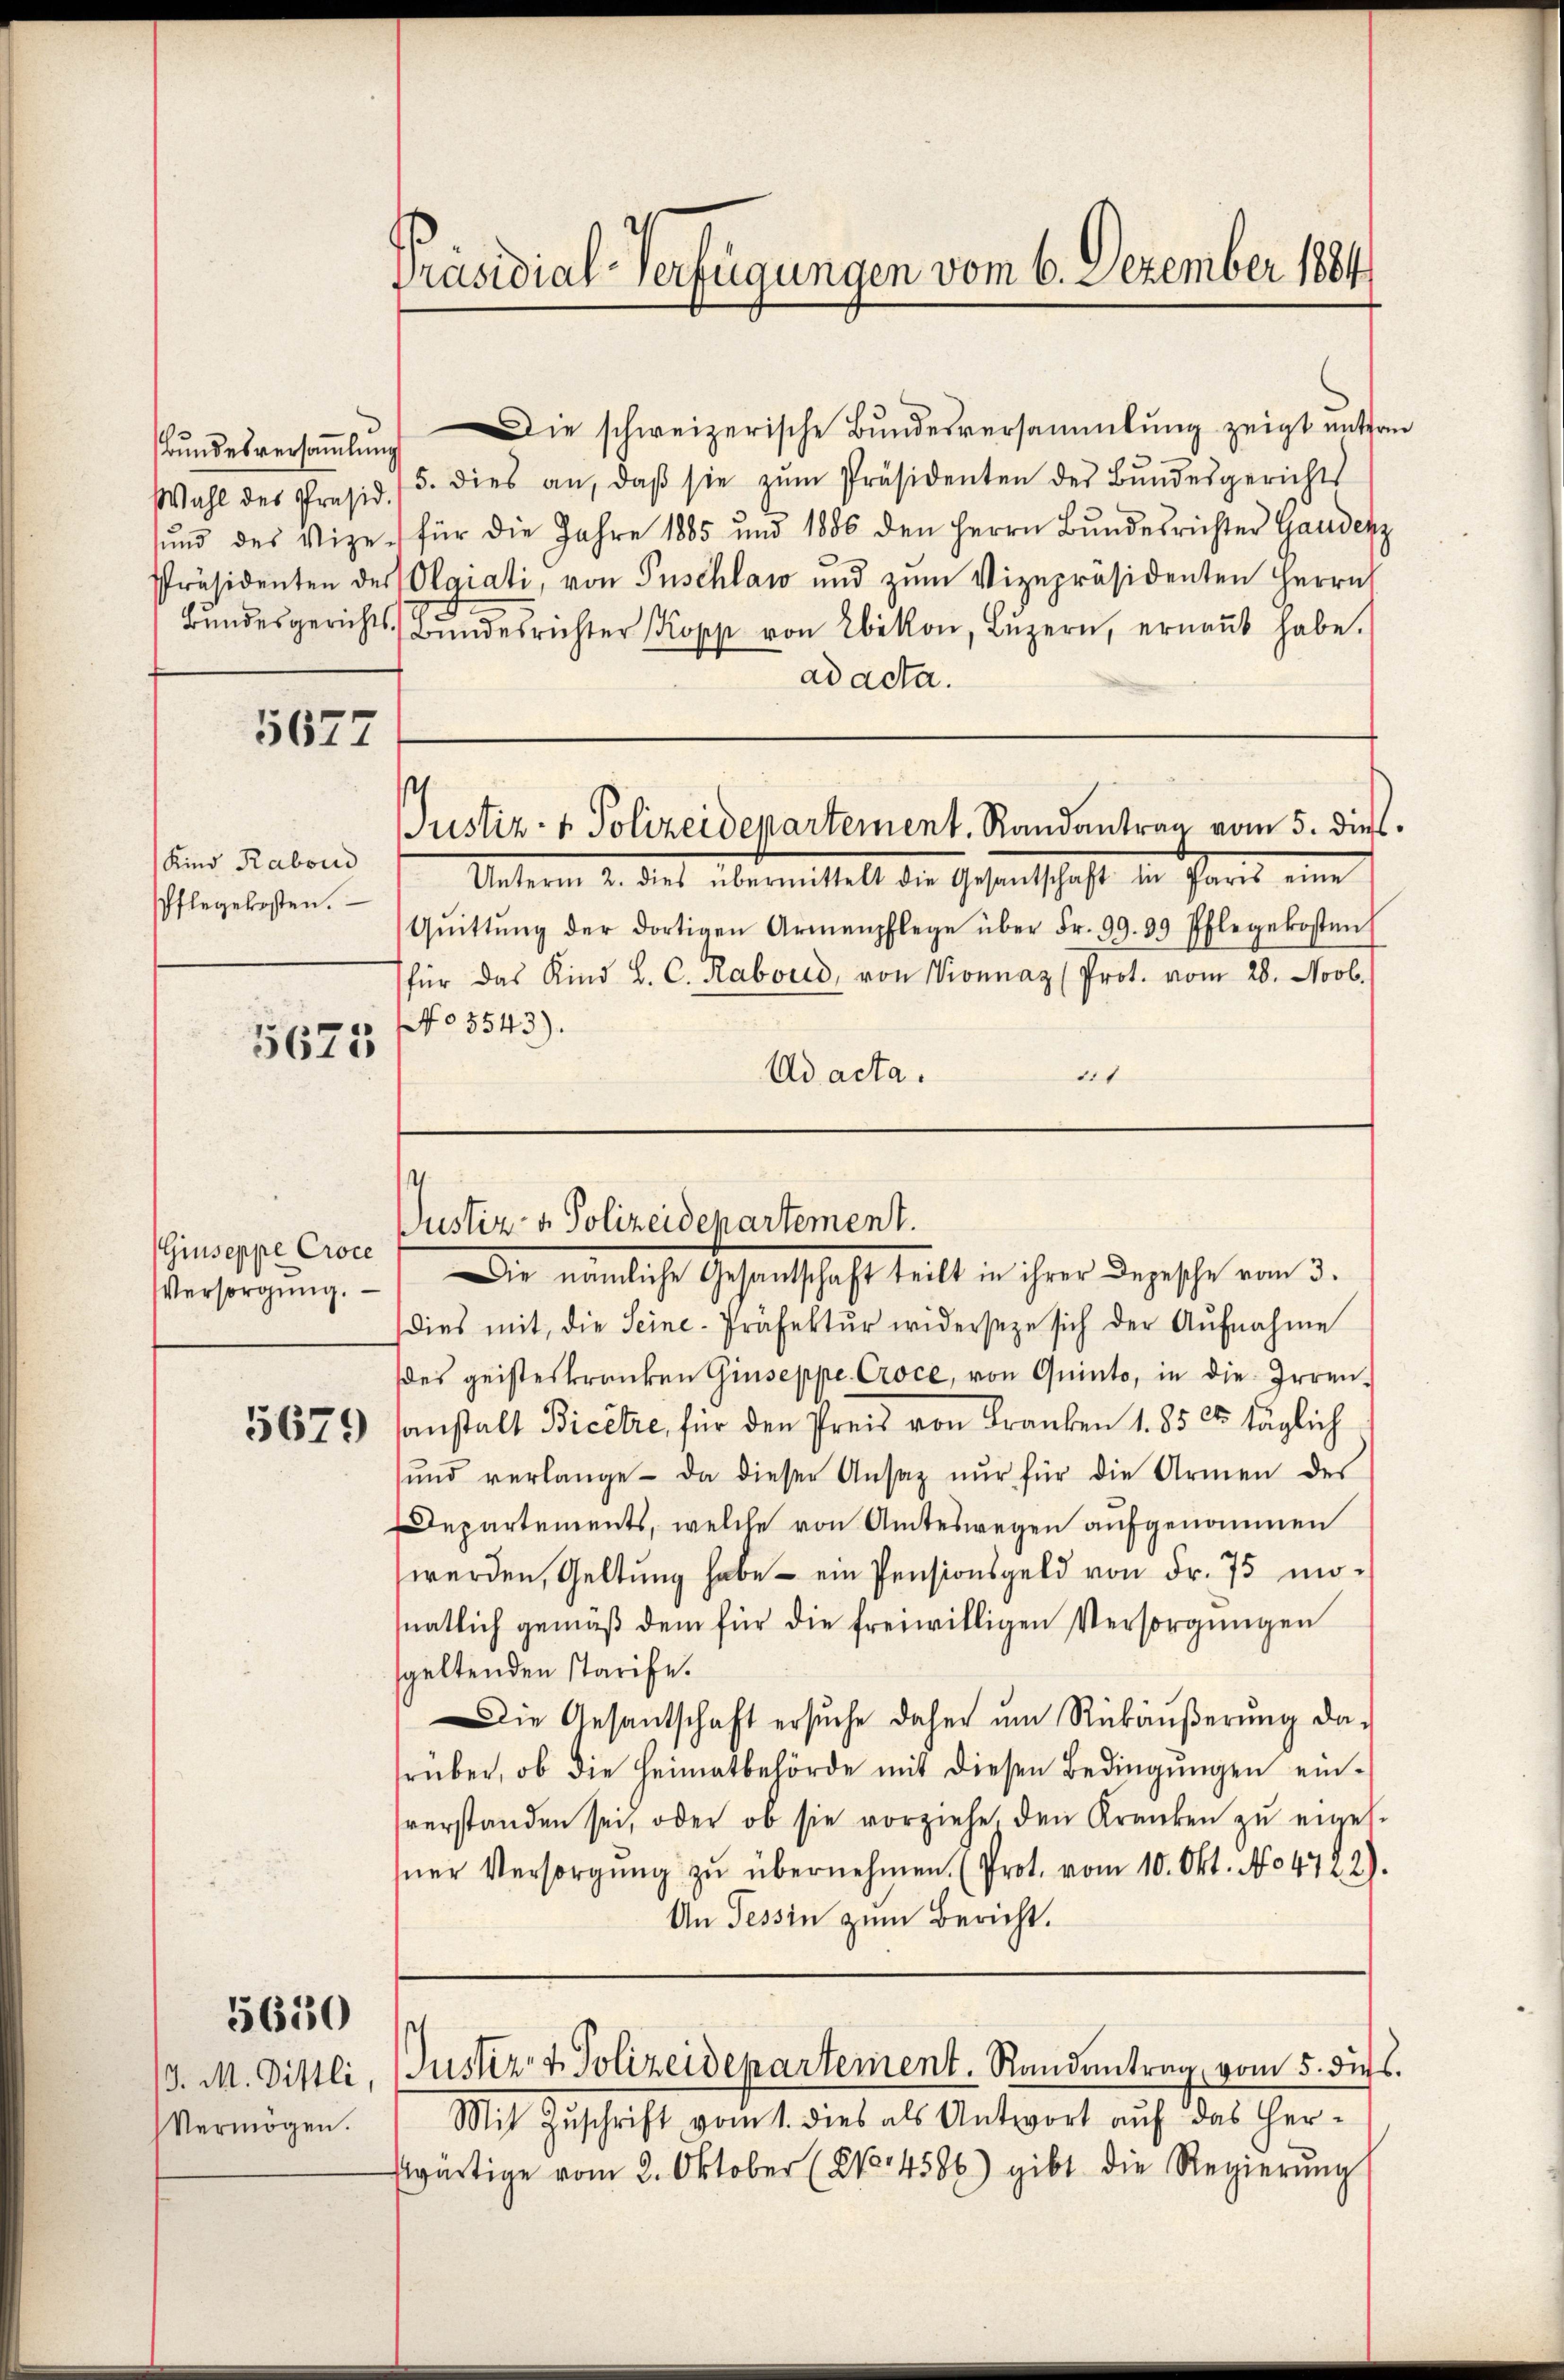
Bundesversamlung

5677

Kind Rabond
Pflegekosten.

5625

Giuseppe Croce

5650

Vermögen.

Präsidial-Verfügungen vom 6. Dezember 1884

Die schweizerische Bundesversammlung zeigt enten
Wahl des Präsid. / 5. dies an, daβ sie zŭm Präsidenten der Bŭndesgerichts
sŭnd des Vize- für die Jahre 1885 und 1886 den Herrn Bŭndesrichter Gaudenz
Präsidenten des Olaiati, von Puschlaw und zŭm Vizepräsidenten Herrn
4
Bŭndesgerichts Bŭndesrichter Kopp von Ebikon, Lŭzern, ernaṅt habe.
ad acta.
Justiz- & Polizeidepartement. Randantrag vom 5. dieß.
Unterm 2. dies übermittelt die Gesantschaft in Paris eine
Qŭittŭng der dortigen Armenpflege über Fr. 99. 99 Pflegekosten
für das Kind L. C. Rabord, von Vionnaz (Prot. vom 28. Novb.
No 5543).
Ad acta.
lit

.
Justiz- & Polizeidepartement.

Versorgŭng. Die nämliche Gesantschaft teilt in ihrer Depesche vom 3.
dies mit, die Seine-Präfektŭr widerseze sich der Aŭfnahme
des geisteskranken Giuseppe Croce, von Quinto, in die Irren¬
5679) sanstalt Bicetze, für den Preis von Franken 1. 85 25 täglich
ŭnd verlange - da dieser Ansaz nŭr für die Armen des
Departements, welche von Amteswegen aufgenommen
werden, Geltung habe - ein Pensionsgeld von Fr. 75 monatlich gemäß dem für die freiwilligen Versorgungen
speltenden starife.
Die Gesantschaft ersŭche daher ŭm Rückäŭβerŭng da-
srüber, ob die Heimatbehörde mit diesen Bedingŭngen ein-
verstanden sei, oder ob sie vorziehe, den Kranken zu eiges.
sner Versorgŭng zŭ übernehmen. (Prot. vom 10. Okt. No 4722).
An Tessin zum Bericht.
J. M. Dittli, Justiz & Polizeidepartement. Randantrag, vom 5. ds.
Mit Zŭschrift vom 1. dies als Antwort auf das Her-
wärtige vom 2. Oktober (No. 4586) gibt die Regierŭng